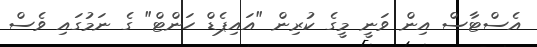
އެސްޓާސް އިން ވަނީ މީގެ ކުރިން "އައިޕެޑް ހަންޓް" ގެ ނަމުގައި ވެސް